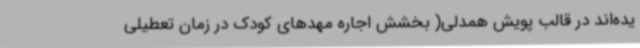
یده‌اند در قالب پویش همدلی( بخشش اجاره مهدهای کودک در زمان تعطیلی